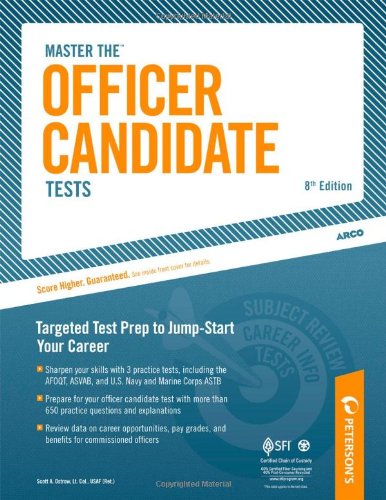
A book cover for Master The Officer Candidate Tests: Targeted Test Prep to Jump-Start Your Career (Peterson's Master the Officer Candidate Tests); Scott A. Ostrow; Test Preparation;